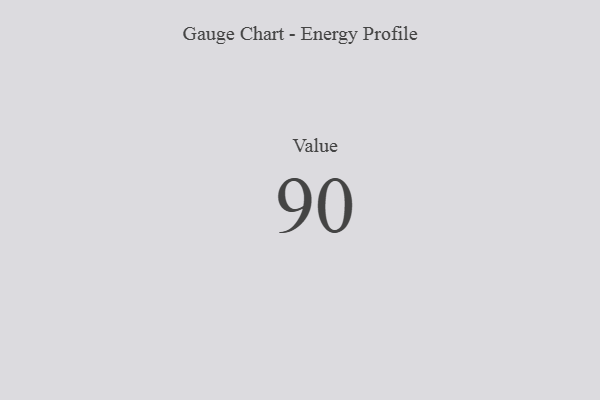
{"axis": {"x": "Metric", "y": "Value"}, "legend": [""], "data": [{"x": "Value", "y": 90, "type": ""}]}